Indian journal of veterinary science and animal husbandry - Volumes 15-17, 1948-1951
Year: 1948
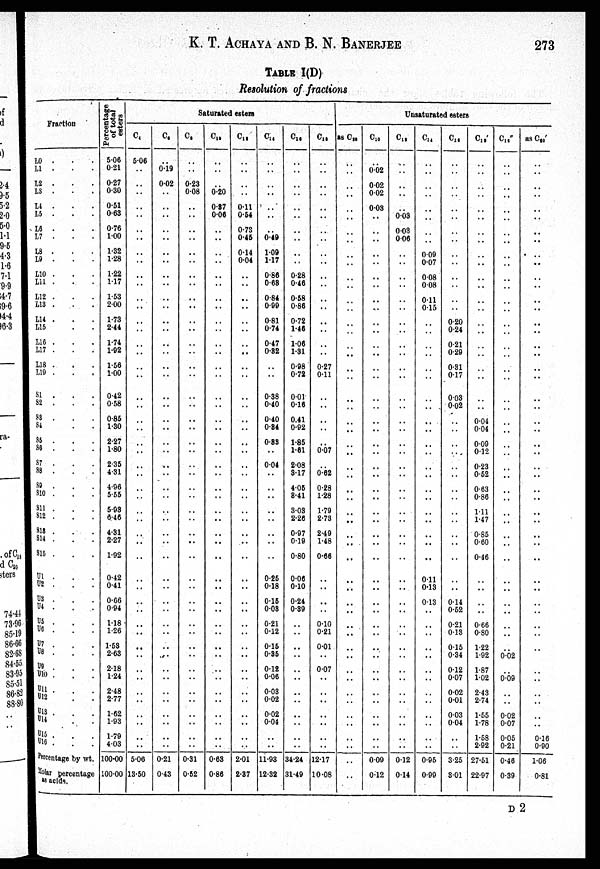
K. T. ACHAYA AND B. N.
BANERJEE
273
TABLE I(D)
Resolution of fractions
Fraction
L0 . . .
L1 . . .
L2 . . .
L3 . . .
L4 . . .
L5 . . .
L6 . . .
L7 . . .
L8 . . .
L9 . . .
L10 . . .
L11 . . .
L12 . . .
L13
.
.
.
L14 . . .
L15 . . .
L16 . . .
L17 . . .
L18 . . .
L19 . . .
S1 . . .
S2 . . .
S3 . . .
S4 . . .
S6 . . .
S6 . . .
S7 . . .
S8 . . .
S9 . . .
S10 . . .
S11 . . .
S12 . . .
S18
.
.
.
S14 . . .
S15 . . .
U1 . . .
U2 . . .
U3 . . .
U4 . . .
U5 . . .
U6 . . .
U7 . . .
U8 . . .
U9 . . .
U10 . . .
U11 . . .
U12 . . .
U13 . . .
U14 . . .
U15 . . .
U16 . . .
Percentage by wt.
Molar percentage
as acids.
Percentage
of total
esters
5.06
0.21
0.27
0.30
0.51
0.63
0.76
1.00
1.32
1.28
1.22
1.17
1.53
2.00
1.73
2.44
1.74
1.92
1.58
1.00
0.42
0.58
0.85
1.30
2.27
1.80
2.35
4.31
4.96
5.65
5.93
6.46
4.31
2.27
1.92
0.42
0.41
0.66
0.94
1.18
1.26
1.53
2.63
2.18
1.24
2.48
2.77
1.62
1.93
1.79
4.03
100.00
100.00
Saturated esters
C 4
5.06
..
..
..
..
..
..
..
..
..
..
..
..
..
..
..
..
..
..
..
..
..
..
..
..
..
..
..
..
..
..
..
..
..
..
..
..
..
..
..
..
..
..
..
..
..
..
..
..
..
..
5.06
13.50
C 4
..
0.19
0.02
..
..
..
..
..
..
..
..
..
..
..
..
..
..
..
..
..
..
..
..
..
..
..
..
..
..
..
..
..
..
..
..
..
..
..
..
..
..
..
...
..
..
..
..
..
..
..
..
0.21
0.43
C 2
..
..
0.23
0.08
..
..
..
..
..
..
..
..
..
..
..
..
..
..
..
..
..
..
..
..
..
..
..
..
..
..
..
..
..
..
..
..
..
..
..
..
..
..
...
..
..
..
..
..
..
..
..
0.31
0.52
C 10
..
..
..
0.20
0.87
0.06
..
..
..
..
..
..
..
..
..
..
..
..
..
...
..
..
..
..
..
..
..
..
..
..
..
..
..
..
..
..
..
..
..
..
..
..
..
..
..
..
..
..
..
..
..
0.63
0.86
C 18
..
..
..
..
0.11
0.54
0.78
0.45
0.14
0.04
..
..
..
...
..
..
..
..
..
..
..
..
..
..
..
..
..
..
..
..
..
..
..
..
..
..
..
..
..
..
..
..
..
..
..
..
..
..
..
..
..
2.01
2.37
C 14
..
..
..
..
..
..
..
0.49
1.09
117
0.86
0.68
0.84
0.99
0.81
0.74
0.47
0.32
..
..
0.38
0.40
0.40
0.84
0.83
..
0.04
..
..
..
..
..
..
..
..
0.25
0.18
0.15
0.03
0.21
0.12
0.15
0.36
0.12
0.06
0.03
0.02
0.02
0.04
..
..
11.93
12.32
C 14
..
..
..
..
..
..
..
..
..
..
0.28
0.46
0.58
0.86
0.72
1.46
1.06
1.31
0.98
0.72
0.01
0.16
0.41
0.92
1.85
1.61
2.08
3.17
4.05
8.41
3.03
2.26
0.97
0.19
0.80
0.06
0.10
0.24
0.39
..
..
..
..
..
..
..
..
..
..
..
. .
34.24
31.49
C 18
..
..
..
. .
..
..
..
..
..
..
..
..
..
..
..
..
..
..
0.27
0.11
..
..
..
..
..
0.07
..
0.62
0.28
1.28
1.79
2.73
2.49
1.48
0.66
..
..
..
..
0.10
0.21
0.01
..
0.07
..
..
..
..
..
..
..
12.17
10.08
Unsaturated esters
as C 20
..
. .
..
. .
..
. .
..
. .
..
..
..
. .
..
. .
..
..
..
. .
..
..
..
..
..
. .
..
. .
..
. .
..
. .
..
. .
..
..
. .
..
. .
..
. .
..
. .
..
. .
..
. .
..
..
..
. .
..
..
. .
. .
C10
..
0.02
0.02
0.02
0.03
..
..
..
..
..
..
..
..
..
..
..
..
..
..
..
..
..
..
..
..
..
..
..
..
..
..
..
..
..
..
..
..
..
..
..
..
..
..
..
..
..
..
..
. .
..
..
0.09
0.12
C 12
..
..
..
..
..
0.03
0.03
0.06
..
..
..
..
..
. .
..
. .
..
..
..
..
..
..
..
. .
..
. .
..
. .
..
..
..
. .
..
. .
. .
..
. .
..
. .
..
..
..
. .
..
..
..
..
..
. .
..
. .
0.12
0.14
C 14
..
. .
..
..
..
..
..
. .
0.09
0.07
0.08
0.08
0.11
0.15
..
..
..
..
..
..
..
..
..
. .
..
. .
..
. .
..
. .
..
. .
..
. .
. .
0.11
0.13
0.13
. .
..
. .
..
. .
..
. .
..
. .
..
..
..
..
0.95
0.99
C 18
..
. .
..
..
..
. .
..
..
..
. .
..
..
..
..
0.20
0.24
0.21
0.29
0.31
0.17
0.03
0.02
..
..
..
..
..
..
..
..
..
..
..
..
..
..
. .
0.14
0.52
0.21
0.13
0.15
0.34
0.12
0.07
0.02
0.01
0.03
0.04
..
..
3.25
3.01
C 10 '
..
..
..
. .
..
. .
..
..
..
..
..
. .
..
..
..
. .
..
..
..
. .
..
. .
0.04
0.04
0.09
0.12
0.23
0.52
0.63
0.86
1.11
1.47
0.85
0.60
0.46
..
. .
..
. .
0.66
0.80
1.22
1.92
1.87
1.02
2.43
2.74
1.55
1.78
1.58
2.92
27.51
22.97
C 16 "
..
..
..
..
..
. .
..
. .
..
. .
..
..
..
..
..
..
..
..
..
..
..
. .
..
. .
..
..
..
... .
..
..
..
. .
..
..
. .
..
. .
..
. .
..
. .
..
0.02
..
0.09
..
. .
0.02
0.07
0.05
0.21
0.46
0.39
as C 20 '
..
..
..
..
..
..
..
..
..
..
..
..
..
..
..
..
..
..
..
..
..
..
..
..
..
..
..
..
..
..
..
..
..
..
..
..
..
..
..
..
. .
..
..
..
. .
..
. .
..
. .
0.16
0.90
1.06
0.81
D 2